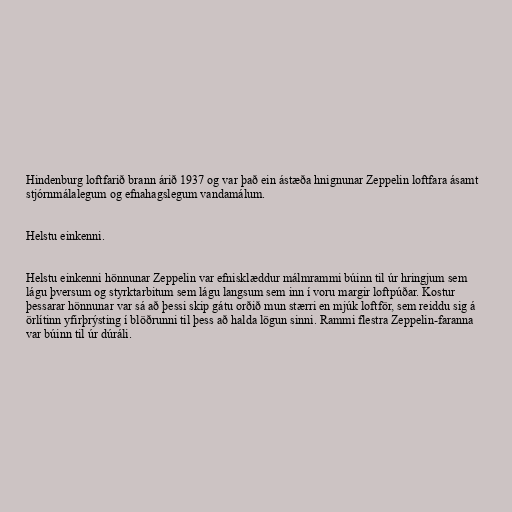
Hindenburg loftfarið brann árið 1937 og var það ein ástæða hnignunar Zeppelin loftfara ásamt
stjórnmálalegum og efnahagslegum vandamálum.

Helstu einkenni.

Helstu einkenni hönnunar Zeppelin var efnisklæddur málmrammi búinn til úr hringjum sem
lágu þversum og styrktarbitum sem lágu langsum sem inn í voru margir loftpúðar. Kostur
þessarar hönnunar var sá að þessi skip gátu orðið mun stærri en mjúk loftför, sem reiddu sig á
örlítinn yfirþrýsting í blöðrunni til þess að halda lögun sinni. Rammi flestra Zeppelin-faranna
var búinn til úr dúráli.